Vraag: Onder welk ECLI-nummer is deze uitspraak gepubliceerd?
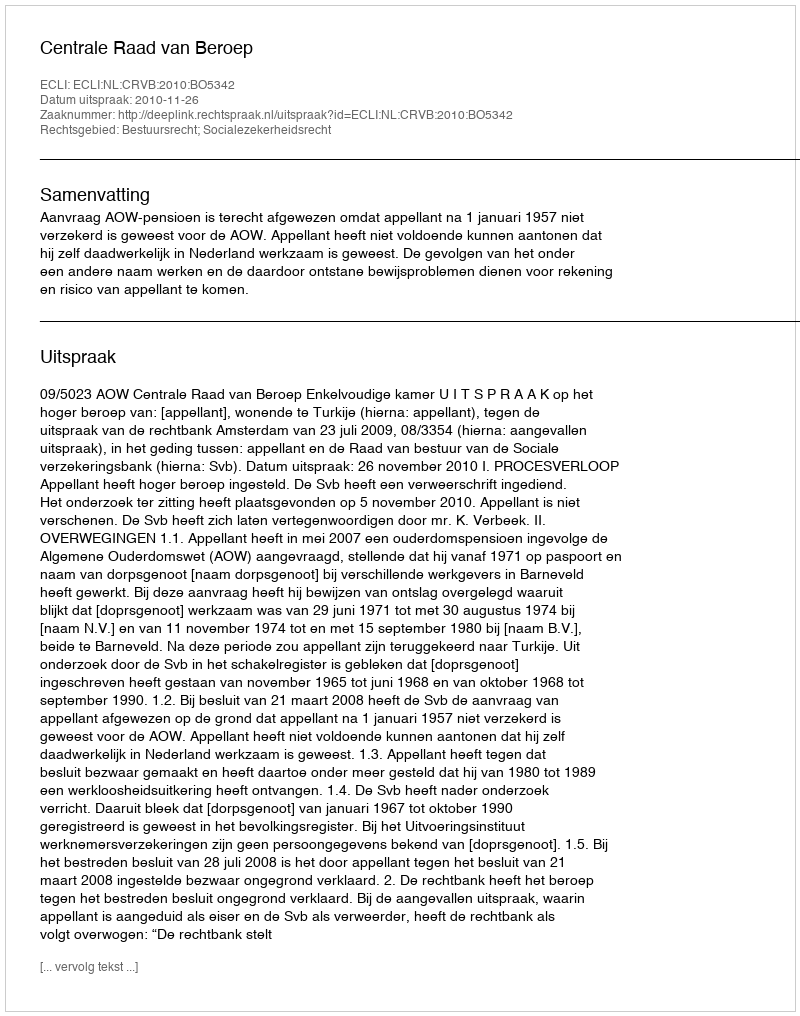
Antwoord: ECLI:NL:CRVB:2010:BO5342